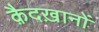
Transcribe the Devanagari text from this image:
क़ैदख़ानों